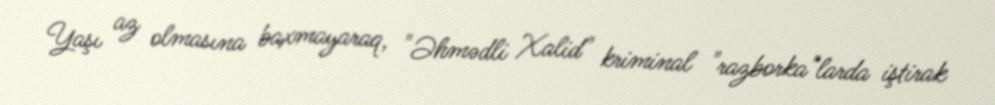
Yaşı az olmasına baxmayaraq, "Əhmədli Xalid" kriminal "razborka"larda iştirak